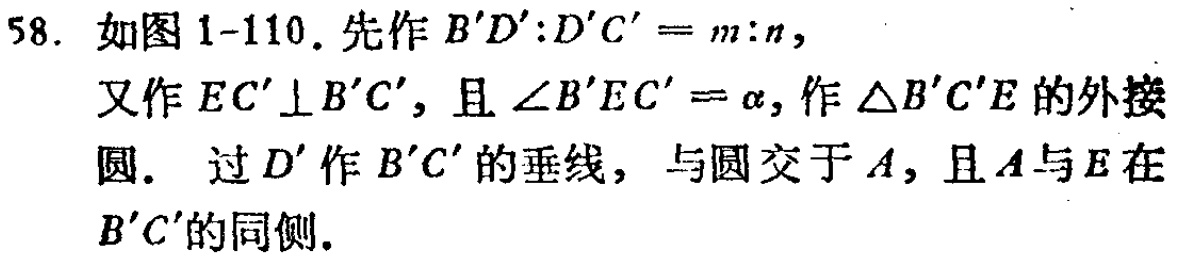
58. 如图 1-110. 先作 \(B'D':D'C' = m:n\)，

又作 \(EC'\perp B'C'\)，且 \(\angle B'EC'=\alpha\)，作 \(\triangle B'C'E\) 的外接

圆. 过 \(D'\) 作 \(B'C'\) 的垂线，与圆交于 \(A\)，且 \(A\) 与 \(E\) 在

\(B'C'\) 的同侧.